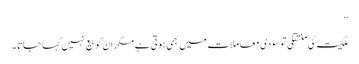
”
ملکیت کی منتقلی تو سودی معاملات میں بھی ہوتی ہے مگر ان کو بیع نہیں کہا جاتا۔